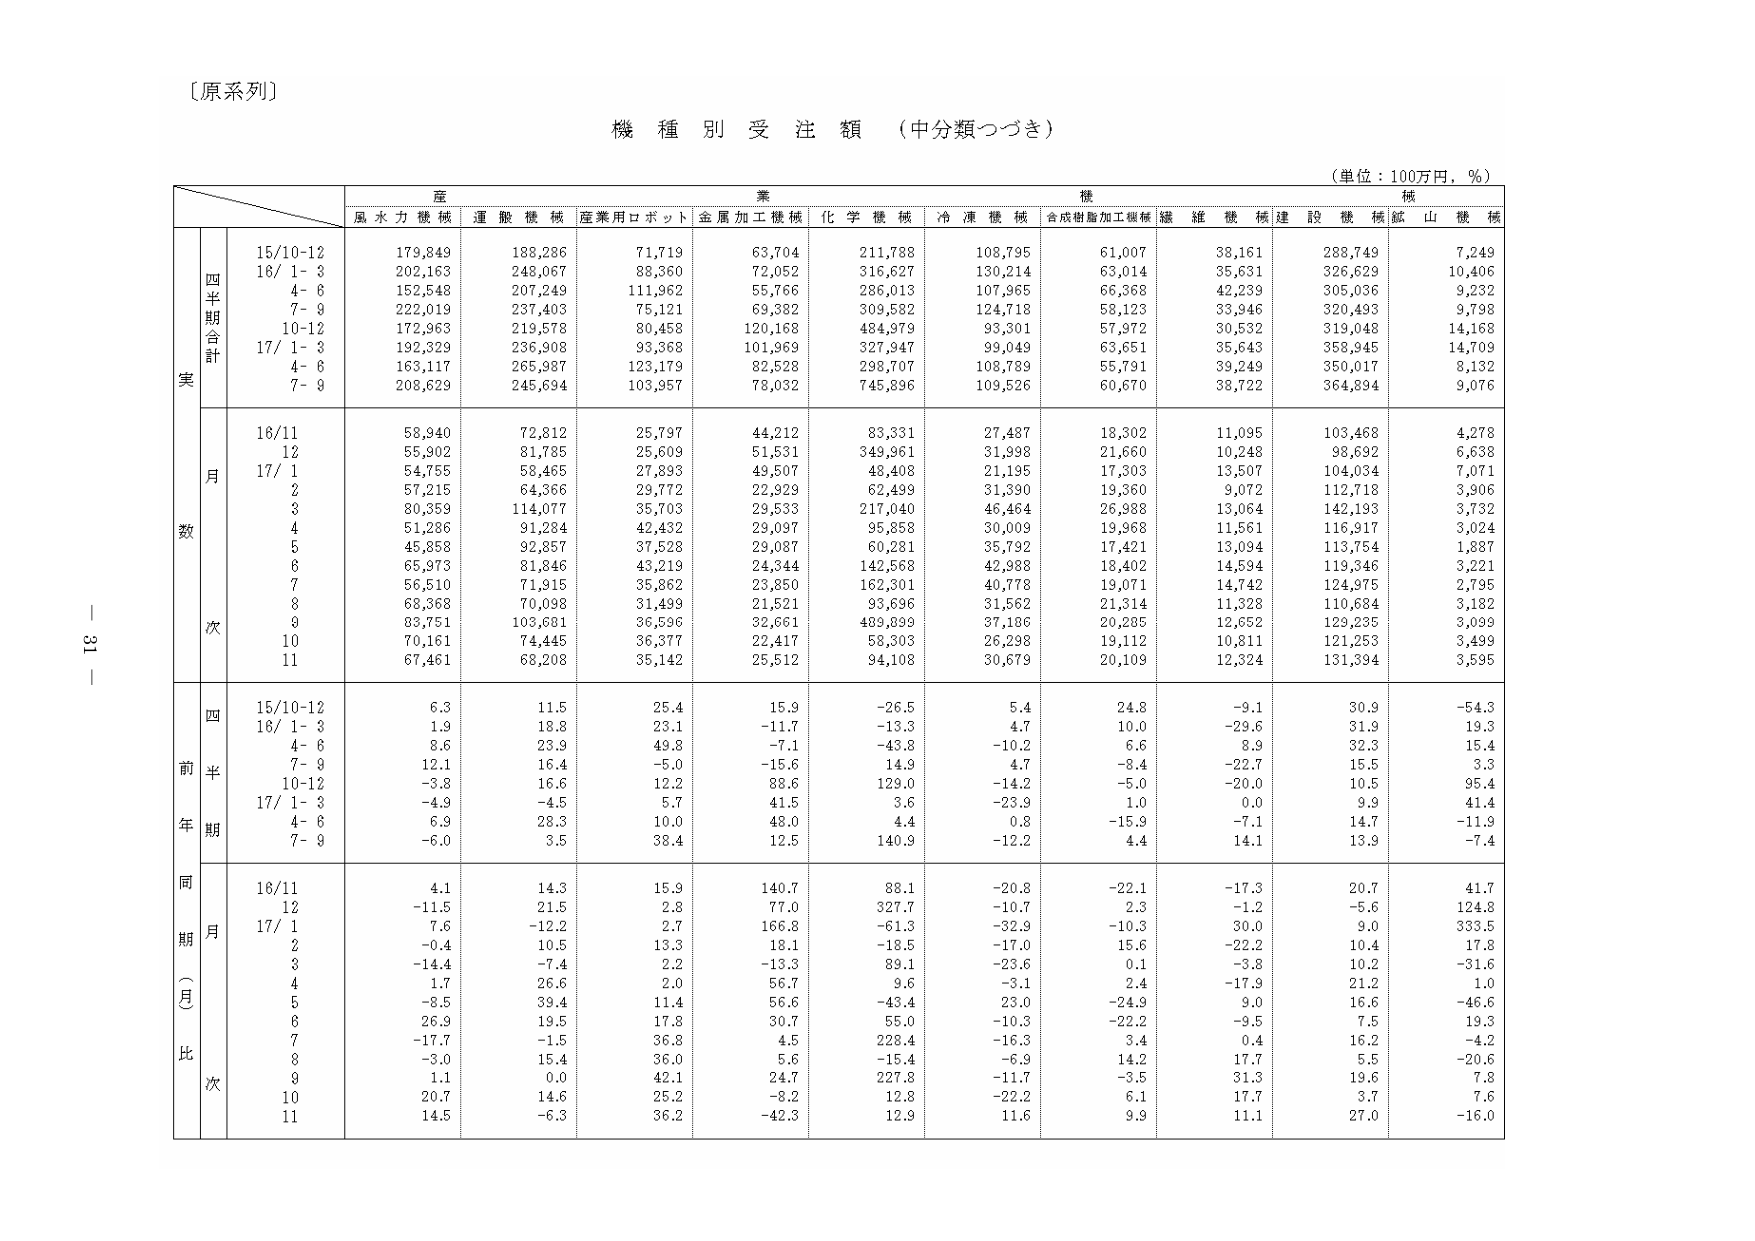
〔原系列〕

機種別受注額（中分類つづき）

（単位：100万円，％）